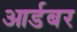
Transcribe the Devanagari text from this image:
आर्डबर